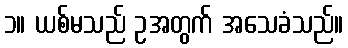
၁။ ယစ်မသည် ဥအတွက် အသေခံသည်။